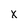
Character: x